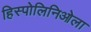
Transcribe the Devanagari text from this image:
हिस्पोलिनिओला